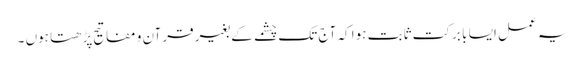
یہ عمل ایسا با برکت ثابت ہوا کہ آج تک چشمے کے بغیر قرآن و مفاتیح پڑھتا ہوں ۔